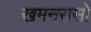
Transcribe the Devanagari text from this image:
खमनरासो